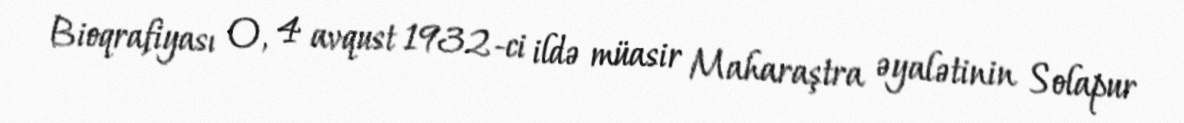
Bioqrafiyası O, 4 avqust 1932-ci ildə müasir Maharaştra əyalətinin Solapur